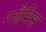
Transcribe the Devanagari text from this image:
ग्लैमिस